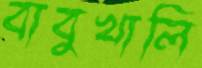
বাবুখালি